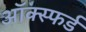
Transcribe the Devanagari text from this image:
ऑक्स्फर्ड